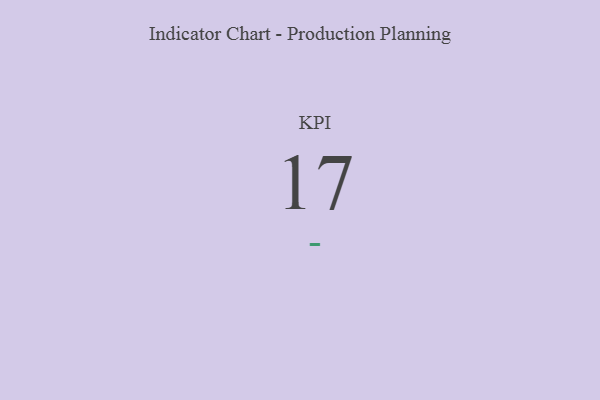
{"axis": {"x": "KPI", "y": "Value"}, "legend": [""], "data": [{"x": "KPI", "y": 17, "type": ""}]}